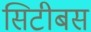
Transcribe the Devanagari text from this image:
सिटीबस